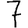
Digit: 7